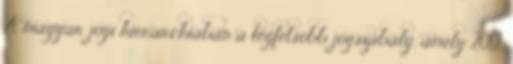
A magyar jogi hierarchiában a legfelsőbb jogszabály, amely 2012.